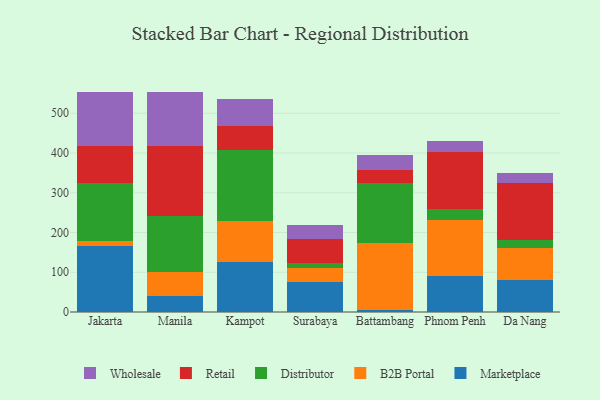
{"axis": {"x": "City", "y": "Headcount"}, "legend": ["B2B Portal", "Distributor", "Marketplace", "Retail", "Wholesale"], "data": [{"x": "Jakarta", "y": 166.8, "type": "Marketplace"}, {"x": "Jakarta", "y": 10.9, "type": "B2B Portal"}, {"x": "Jakarta", "y": 146.0, "type": "Distributor"}, {"x": "Jakarta", "y": 94.3, "type": "Retail"}, {"x": "Jakarta", "y": 136.5, "type": "Wholesale"}, {"x": "Manila", "y": 40.7, "type": "Marketplace"}, {"x": "Manila", "y": 59.5, "type": "B2B Portal"}, {"x": "Manila", "y": 142.5, "type": "Distributor"}, {"x": "Manila", "y": 176.1, "type": "Retail"}, {"x": "Manila", "y": 133.8, "type": "Wholesale"}, {"x": "Kampot", "y": 126.8, "type": "Marketplace"}, {"x": "Kampot", "y": 102.0, "type": "B2B Portal"}, {"x": "Kampot", "y": 178.9, "type": "Distributor"}, {"x": "Kampot", "y": 59.3, "type": "Retail"}, {"x": "Kampot", "y": 69.3, "type": "Wholesale"}, {"x": "Surabaya", "y": 75.6, "type": "Marketplace"}, {"x": "Surabaya", "y": 34.2, "type": "B2B Portal"}, {"x": "Surabaya", "y": 12.3, "type": "Distributor"}, {"x": "Surabaya", "y": 61.0, "type": "Retail"}, {"x": "Surabaya", "y": 36.3, "type": "Wholesale"}, {"x": "Battambang", "y": 5.4, "type": "Marketplace"}, {"x": "Battambang", "y": 167.8, "type": "B2B Portal"}, {"x": "Battambang", "y": 151.4, "type": "Distributor"}, {"x": "Battambang", "y": 32.3, "type": "Retail"}, {"x": "Battambang", "y": 38.4, "type": "Wholesale"}, {"x": "Phnom Penh", "y": 89.5, "type": "Marketplace"}, {"x": "Phnom Penh", "y": 141.3, "type": "B2B Portal"}, {"x": "Phnom Penh", "y": 28.9, "type": "Distributor"}, {"x": "Phnom Penh", "y": 142.3, "type": "Retail"}, {"x": "Phnom Penh", "y": 27.4, "type": "Wholesale"}, {"x": "Da Nang", "y": 81.6, "type": "Marketplace"}, {"x": "Da Nang", "y": 80.2, "type": "B2B Portal"}, {"x": "Da Nang", "y": 20.4, "type": "Distributor"}, {"x": "Da Nang", "y": 142.5, "type": "Retail"}, {"x": "Da Nang", "y": 25.1, "type": "Wholesale"}]}